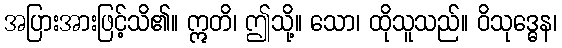
အပြားအားဖြင့်သိ၏။ ဣတိ၊ ဤသို့။ သော၊ ထိုသူသည်။ ဝိသုဒ္ဓေန၊